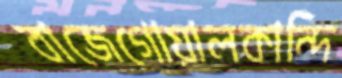
বাজেগোয়ালকান্দি